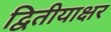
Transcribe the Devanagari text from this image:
द्वितीयाक्षर